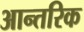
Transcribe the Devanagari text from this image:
आन्‍तरिक